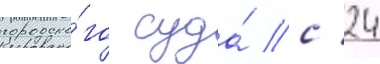
городско́го суда́ с 24